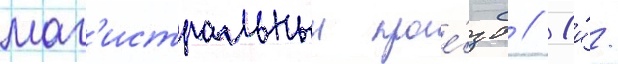
маг'истральныи прое́зд // 1-и́/